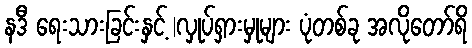
နဒီ ရေးသားခြင်းနှင့် |လှုပ်ရှားမှုများ ပုံတစ်ခု အလိုတော်ရိ